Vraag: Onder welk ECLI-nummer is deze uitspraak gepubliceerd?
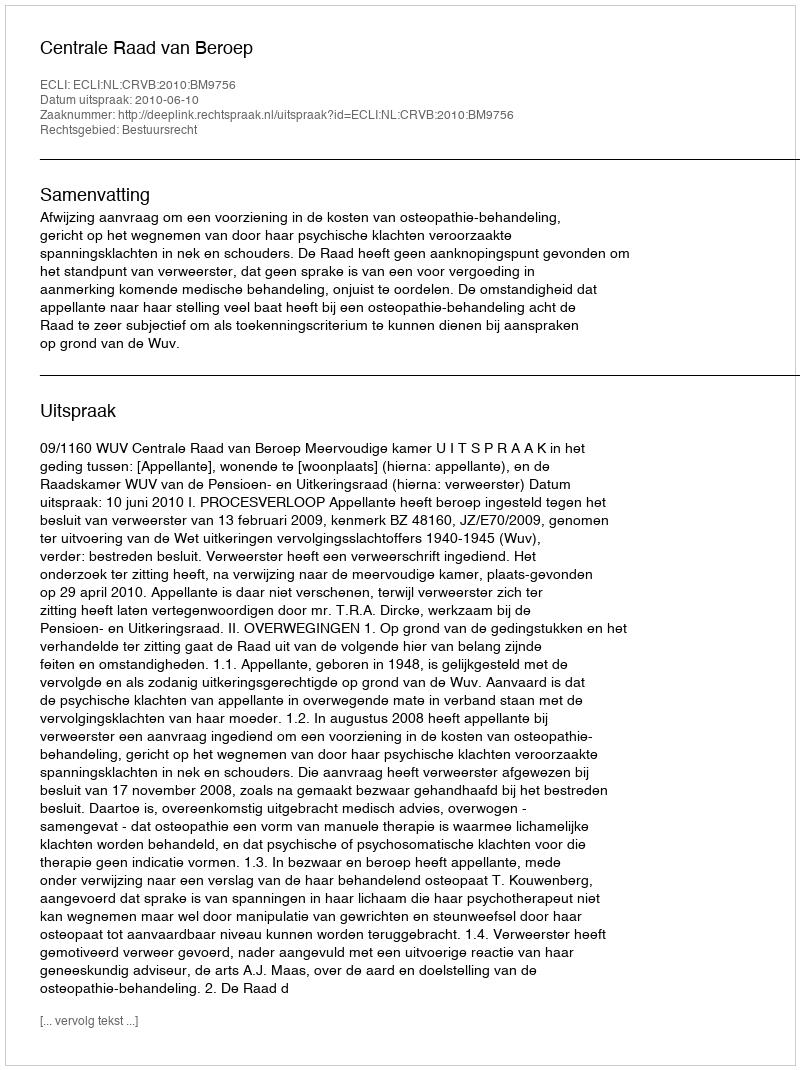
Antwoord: ECLI:NL:CRVB:2010:BM9756